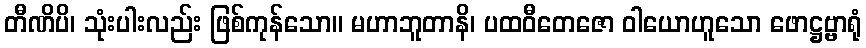
တီဏိပိ၊ သုံးပါးလည်း ဖြစ်ကုန်သော။ မဟာဘူတာနိ၊ ပထဝီတေဇော ဝါယောဟူသော ဖောဋ္ဌဗ္ဗာရုံ